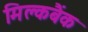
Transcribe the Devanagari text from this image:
मिल्कबैंक